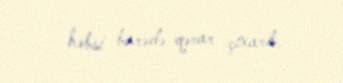
həbsi barədə qərar çıxarıb.